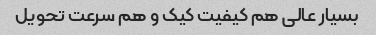
بسیار عالی هم کیفیت کیک و هم سرعت تحویل